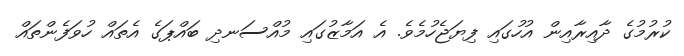
ކުރުމުގެ ދާއިރާއިން އުހުގައި ފިޔަޖެހުމެވެ. އެ އަމާޒުގައި މުއްސަނދި ބައްޕަގެ އެތައް ހުވަފެންތައް